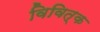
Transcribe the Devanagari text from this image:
विवित्क